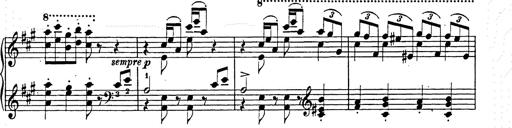
Title: Hungarian Rhapsody No.15
Composer: Franz Liszt
Key: A minor